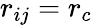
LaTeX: r_{ij}=r_{c}